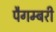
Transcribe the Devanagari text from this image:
पैगम्बरी